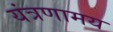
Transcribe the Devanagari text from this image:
यंत्रणामय